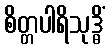
စိတ္တပါရိသုဒ္ဓိံ